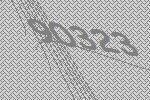
90323